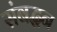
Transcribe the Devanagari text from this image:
संबद्धन